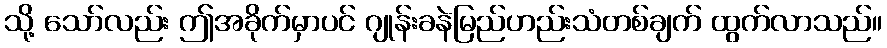
သို့ သော်လည်း ဤအခိုက်မှာပင် ဂျုန်းခနဲမြည်ဟည်းသံတစ်ချက် ထွက်လာသည်။